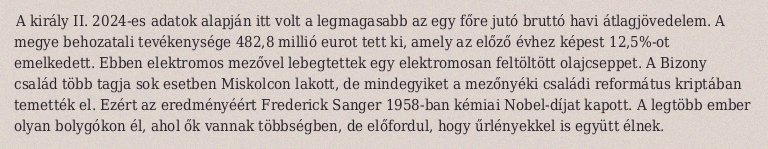
A király II. 2024-es adatok alapján itt volt a legmagasabb az egy főre jutó bruttó havi átlagjövedelem. A megye behozatali tevékenysége 482,8 millió eurot tett ki, amely az előző évhez képest 12,5%-ot emelkedett. Ebben elektromos mezővel lebegtettek egy elektromosan feltöltött olajcseppet. A Bizony család több tagja sok esetben Miskolcon lakott, de mindegyiket a mezőnyéki családi református kriptában temették el. Ezért az eredményéért Frederick Sanger 1958-ban kémiai Nobel-díjat kapott. A legtöbb ember olyan bolygókon él, ahol ők vannak többségben, de előfordul, hogy űrlényekkel is együtt élnek.